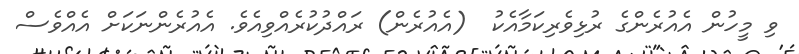
ވި މީހުން އެއުރެންގެ ރުޅިވެރިކަމާއެކު  (އެއުރެން) ރައްދުކުރެއްވިއެވެ. އެއުރެންނަކަށް އެއްވެސް